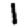
Digit: 1